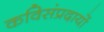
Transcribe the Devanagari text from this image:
कविसंप्रदायों